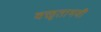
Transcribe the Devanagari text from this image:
वक्तृतामयी